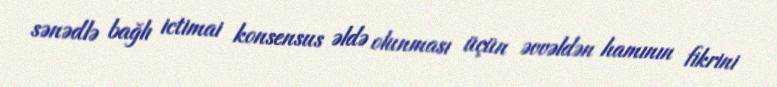
sənədlə bağlı ictimai konsensus əldə olunması üçün əvvəldən hamının fikrini